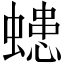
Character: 䗭